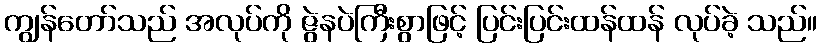
ကျွန်တော်သည် အလုပ်ကို ဇွဲနပဲကြီးစွာဖြင့် ပြင်းပြင်းထန်ထန် လုပ်ခဲ့ သည်။